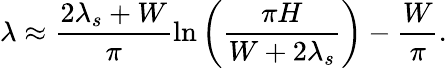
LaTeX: \lambda\approx\frac{2\lambda_{s}+W}{\pi}\ln\left(\frac{\pi H}{W+2\lambda_{s}}\right)-\frac{W}{\pi}.